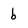
Character: b